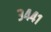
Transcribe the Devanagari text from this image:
३४४१